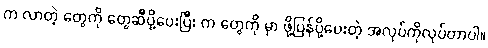
က လာတဲ့ တွေကို တွေဆီပို့ပေးပြီး က တွေကို မှာ ဖို့ပြန်ပို့ပေးတဲ့ အလုပ်ကိုလုပ်တာပါ။